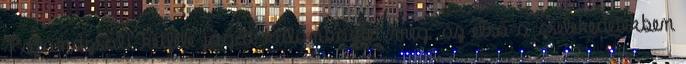
Patandzsali kétféle jógát különböztet meg: az első a cselekedetekben